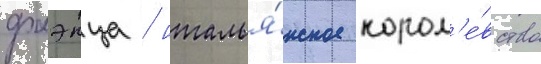
фаэнца / италья́нское корол'е́вство